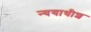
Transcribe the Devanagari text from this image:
न्ययाधीश